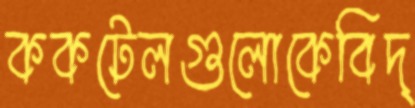
ককটেলগুলোকেবিদ্